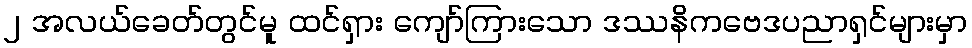
၂ အလယ်ခေတ်တွင်မူ ထင်ရှား ကျော်ကြားသော ဒဿနိကဗေဒပညာရှင်များမှာ